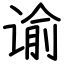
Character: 谕